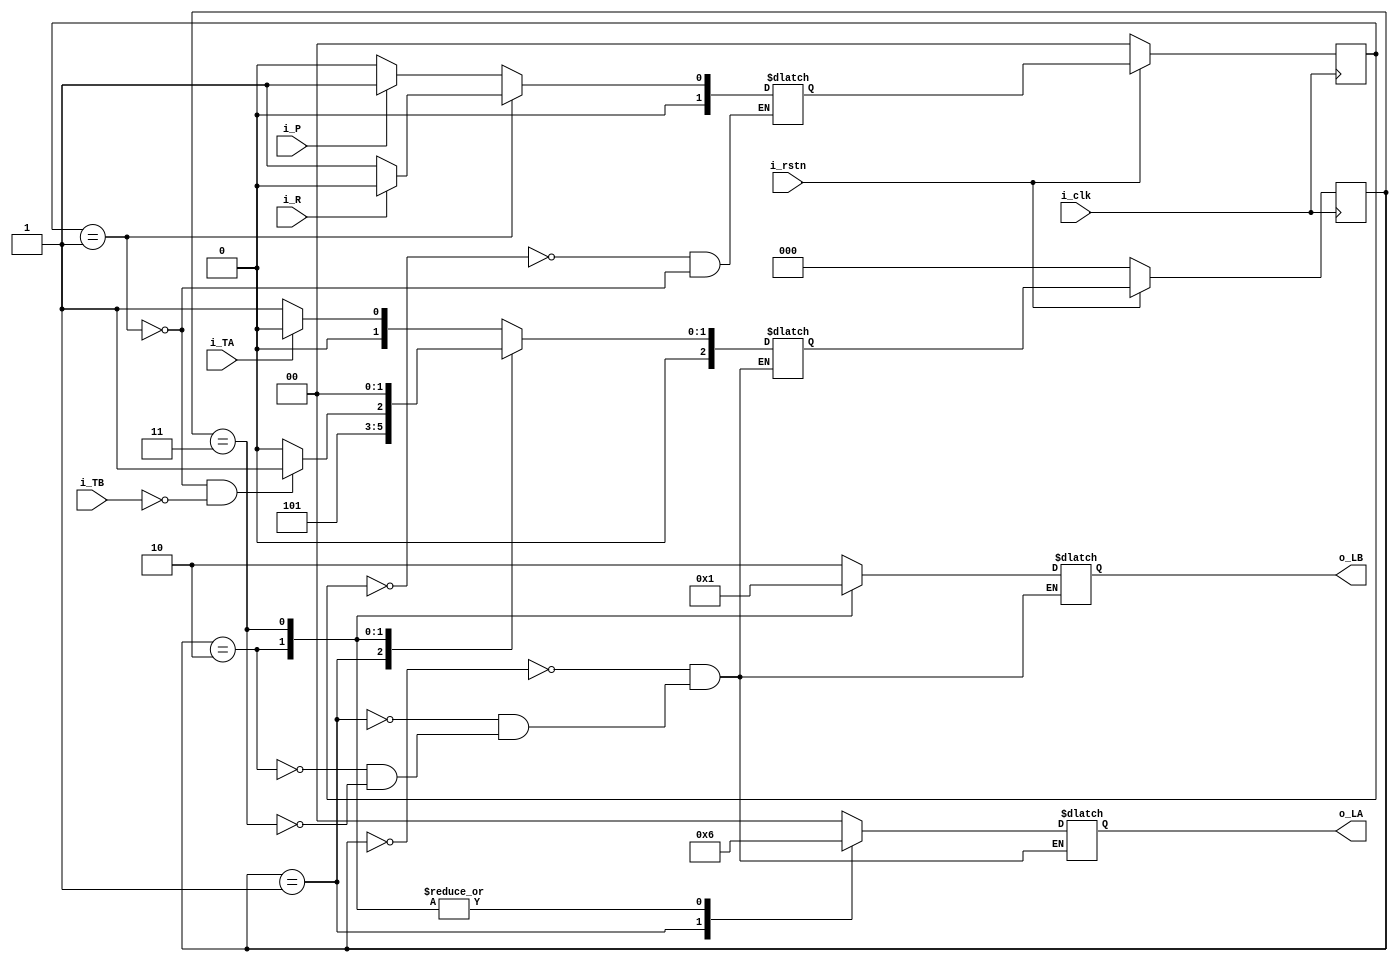
module fsm_traffic_light
(	
	output reg	[1:0]	o_LA,
	output reg	[1:0]	o_LB,
	input				i_TA,
	input				i_TB,
	input				i_P,
	input				i_R,
	input				i_clk,
	input				i_rstn
);

	localparam	S0		= 2'd0;
	localparam	S1		= 2'd1;
	localparam	S2		= 2'd2;
	localparam	S3		= 2'd3;

	localparam	GREEN	= 2'd0;
	localparam	YELLOW	= 2'd1;
	localparam	RED		= 2'd2;
	
	reg	[2:0]	c_state_L, n_state_L;
	reg [1:0]	c_state_M, n_state_M;

	wire	M 	= c_state_M == S1;

	always @(posedge i_clk) begin
		if(!i_rstn) begin
			c_state_L	<= S0;
		end else begin
			c_state_L	<= n_state_L;	
		end
	end
	
	always @(*) begin
		case (c_state_L)
			S0	: n_state_L = ~i_TA			? S1 : S0;
			S1	: n_state_L = S2;
			S2	: n_state_L = ~M && ~i_TB	? S3 : S2;
			S3	: n_state_L = S0;
		endcase
	end

	always @(posedge i_clk) begin
		if(!i_rstn) begin
			c_state_M	<= S0;	
		end else begin
			c_state_M	<= n_state_M;	
		end
	end
	
	always @(*) begin
		case (c_state_M)
			S0	: n_state_M = i_P ? S1 : S0;
			S1	: n_state_M = i_R ? S0 : S1;
		endcase
	end

	always @(*) begin
		case (c_state_L)
			S0 : begin
				o_LA = GREEN;
				o_LB = RED;
			end
			S1 : begin
				o_LA = YELLOW;
				o_LB = RED;
			end
			S2 : begin
				o_LA = RED;
				o_LB = GREEN;
			end
			S3 : begin
				o_LA = RED;
				o_LB = YELLOW;
			end
		endcase
	end
endmodule